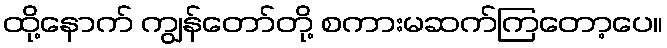
ထို့နောက် ကျွန်တော်တို့ စကားမဆက်ကြတော့ပေ။